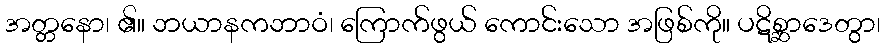
အတ္တနော၊ ၏။ ဘယာနကဘာဝံ၊ ကြောက်ဖွယ် ကောင်းသော အဖြစ်ကို။ ပဋိစ္ဆာဒေတွာ၊